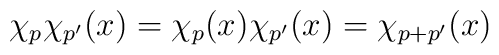
\chi_p\chi_{p'}(x)=\chi_p(x)\chi_{p'}(x)=\chi_{p+p'}(x)